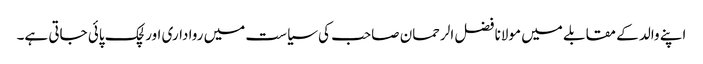
اپنے والد کے مقابلے میں مولانا فضل الرحمان صاحب کی سیاست میں رواداری اور لچک پائی جاتی ہے۔